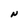
Character: N